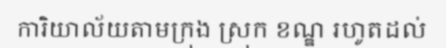
ការិយាល័យតាមក្រុង ស្រុក ខណ្ឌ រហូតដល់